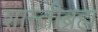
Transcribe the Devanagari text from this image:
शान्तीब्रह्म